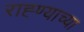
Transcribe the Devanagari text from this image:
राह्ण्याच्या